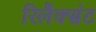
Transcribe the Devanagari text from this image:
रिलैक्संट